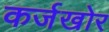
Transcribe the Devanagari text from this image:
कर्जखोर